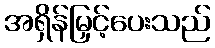
အရှိန်မြှင့်ပေးသည်